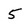
Character: 5